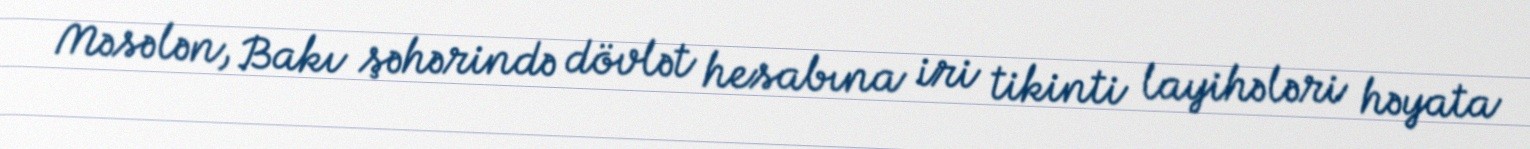
Məsələn, Bakı şəhərində dövlət hesabına iri tikinti layihələri həyata